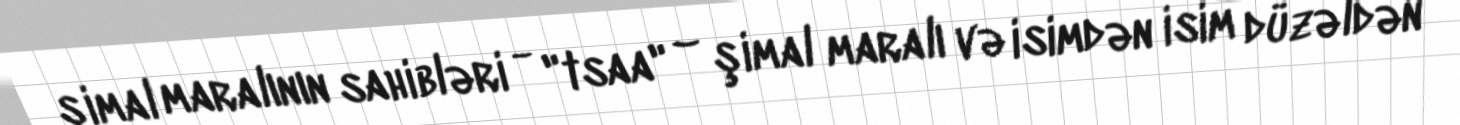
şimal maralının sahibləri - "tsaa" – şimal maralı və isimdən isim düzəldən